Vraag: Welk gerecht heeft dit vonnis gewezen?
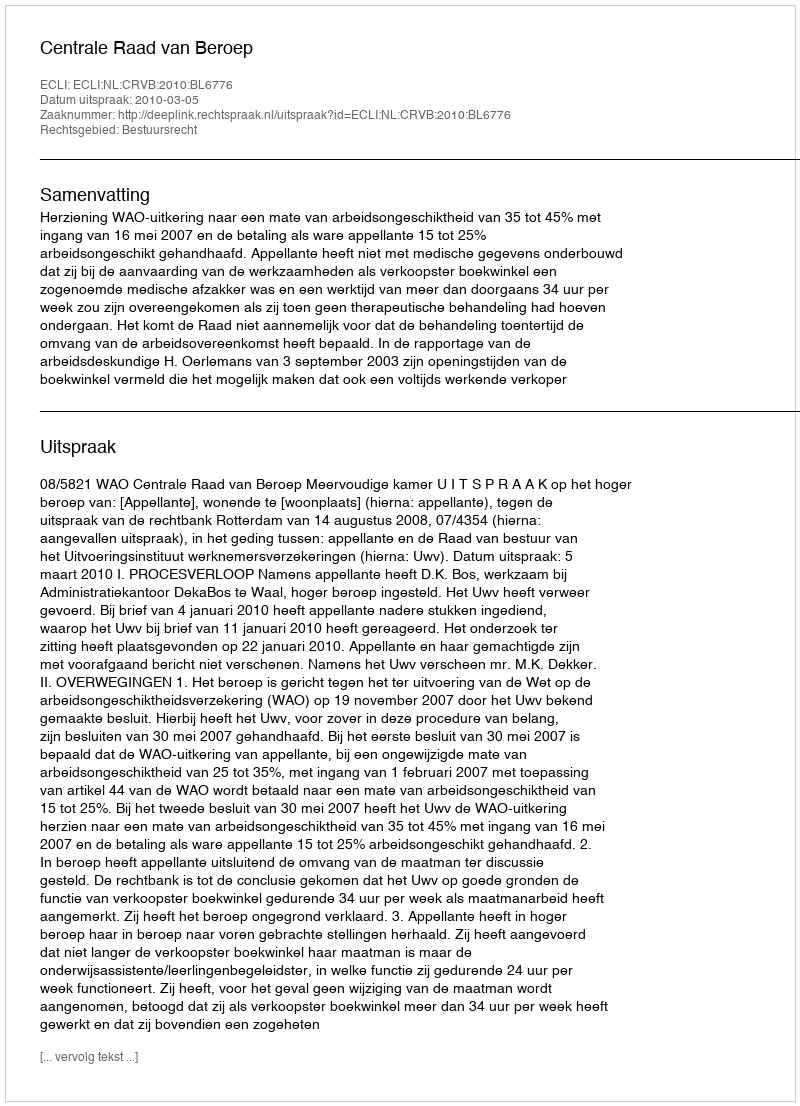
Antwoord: Centrale Raad van Beroep